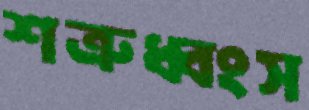
শত্রুধ্বংস